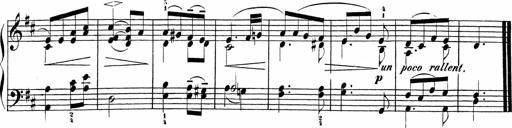
Title: Sonatinen Op.47, 98 und 136, nebst 6 Liedersonatinen
Composer: Carl Reinecke